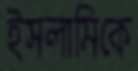
ইসলামিকে